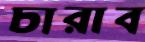
চারাব